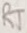
Text: RT